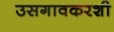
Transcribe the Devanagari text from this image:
उसगावकरशी